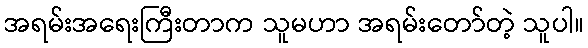
အရမ်းအရေးကြီးတာက သူမဟာ အရမ်းတော်တဲ့ သူပါ။